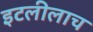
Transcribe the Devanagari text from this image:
इटलीलाच